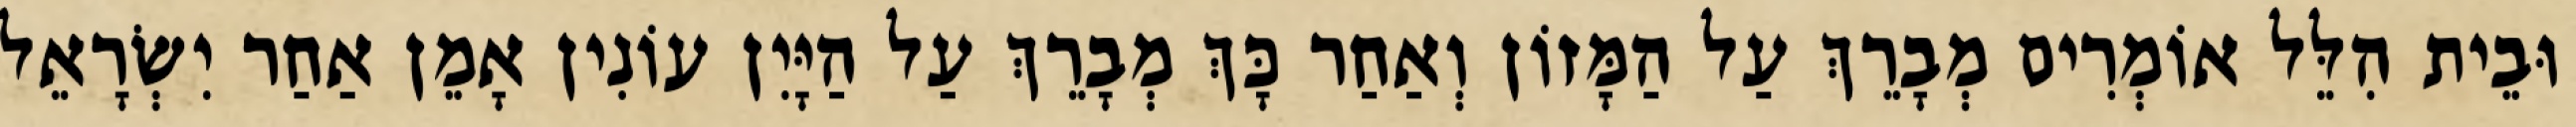
וּבֵית הִלֵּל אוֹמְרִים מְבָרֵךְ עַל הַמָּזוֹן וְאַחַר כָּךְ מְבָרֵךְ עַל הַיָּיִן עוֹנִין אָמֵן אַחַר יִשְׂרָאֵל